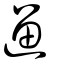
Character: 遛